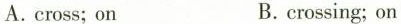
A.cross;on B.crossing;on